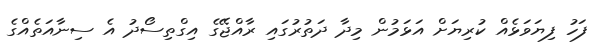
ފަހު ފިޔަވަޅެއް ކުރިޔަށް އަޅަމުން މިދާ ދަތުރުގައި ރާއްޖޭގެ އިގްތިސޯދު އެ ސިނާއަތެއްގެ